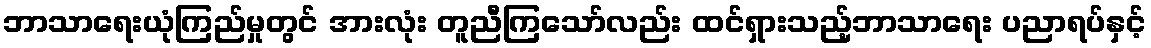
ဘာသာရေးယုံကြည်မှုတွင် အားလုံး တူညီကြသော်လည်း ထင်ရှားသည့်ဘာသာရေး ပညာရပ်နှင့်